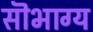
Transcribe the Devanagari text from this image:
सॊभाग्य